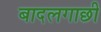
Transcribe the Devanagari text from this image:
बादलगाछी